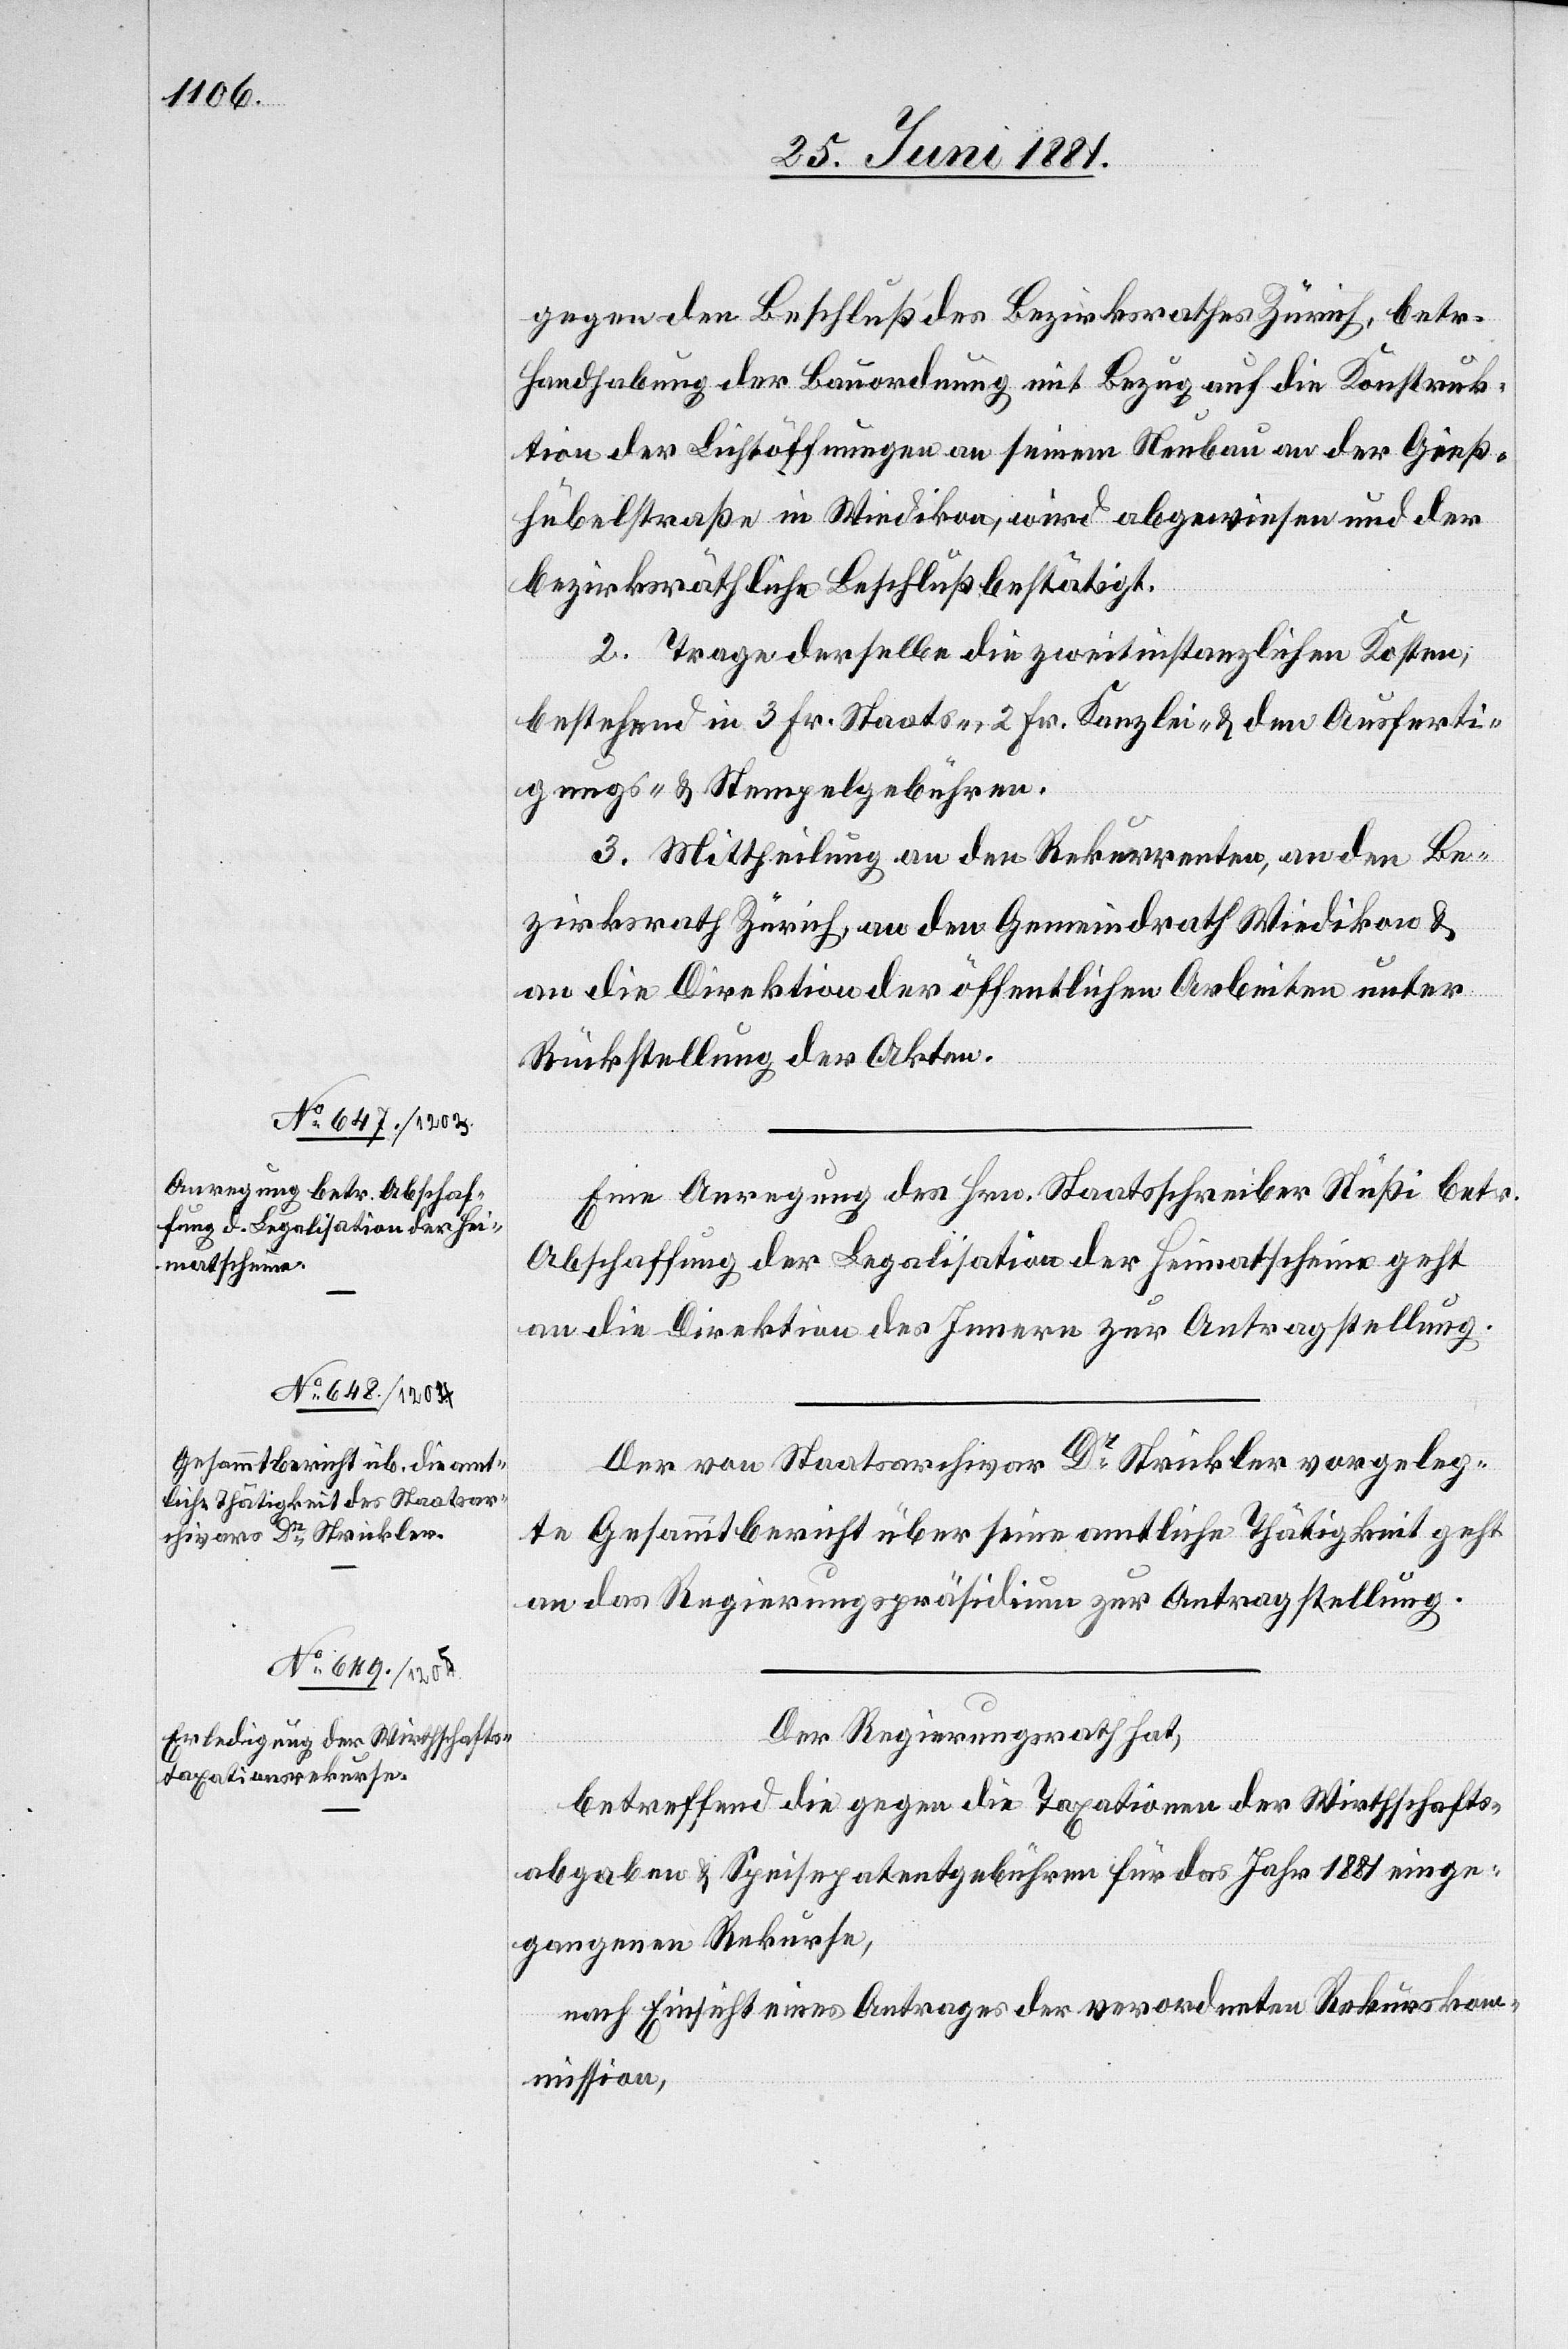
gegen den Beschluß des Bezirksrathes Zürich, betr.
Handhabung der Bauordnung mit Bezug auf die Konstruk¬
tion der Lichtöffnungen an seinem Neubau an der Gieß¬
hübelstraße in Wiedikon, wird abgewiesen und der
bezirksräthliche Beschluß bestätigt.
2. Trage derselbe die zweitinstanzliche Kosten,
bestehend in 3 Fr. Staats-, 2 Fr. Kanzlei- & den Ausferti¬
gungs- & Stempelgebühren.
3. Mittheilung an den Rekurrenten, an den Be¬
zirksrath Zürich, an den Gemeindrath Wiedikon &
an die Direktion der öffentlichen Arbeiten unter
Rückstellung der Akten.
Eine Anregung des Hrn. Staatsschreibers Stüßi betr.
Abschaffung der Legalisation der Heimatscheine geht
an die Direktion des Innern zur Antragstellung.
Der von Staatsarchivar Dr Strickler vorgeleg¬
te Gesammtbericht über seine amtliche Thätigkeit geht
an den Regierungspräsidenten zur Antragstellung.
Der Regierungsrath hat,
betreffend die gegen die Taxation der Wirthschafts¬
abgabe & Speisepatentgebühren für das Jahr 1881 einge¬
gangenen Rekursen,
nach Einsicht eines Antrages der verordneten Rekurskom¬
mission,